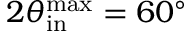
2 \theta _ { \mathrm { i n } } ^ { \mathrm { m a x } } = 6 0 ^ { \circ }